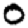
Digit: 0